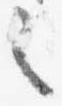
之